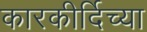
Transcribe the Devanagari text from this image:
कारकीर्दिच्या